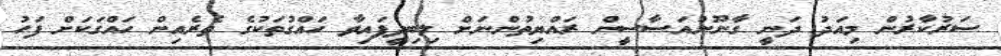
ސަރުކާރުން މިއަދު ދަނީ ގާނޫނުއަސާސީން ރައްޔިތުންނަށް ލިބިދީފައިވާ ހައްގުތަކުގެ ތެރެއިން ހައްގަކަށް ފަހު